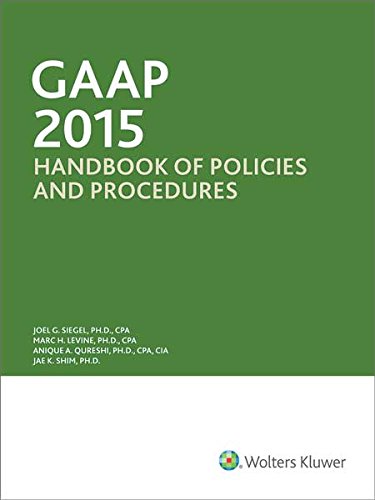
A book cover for GAAP Handbook of Policies and Procedures (w/CDROM) (2015); Ph.D., CPA Joel G. Siegel; Business & Money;